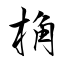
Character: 桷